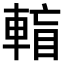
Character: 𨌶